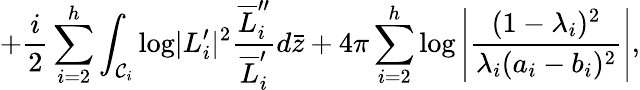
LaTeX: +{\frac{i}{2}}\sum_{i=2}^{h}\int_{{\cal C}_{i}}{\log}|L_{i}^{\prime}|^{2}{\frac{\overline{{L}}_{i}^{\prime\prime}}{\overline{{L}}_{i}^{\prime}}}d\bar{z}+4\pi\sum_{i=2}^{h}{\log}\left|{\frac{(1-\lambda_{i})^{2}}{\lambda_{i}(a_{i}-b_{i})^{2}}}\right|,